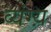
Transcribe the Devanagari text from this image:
व्यंग्य़